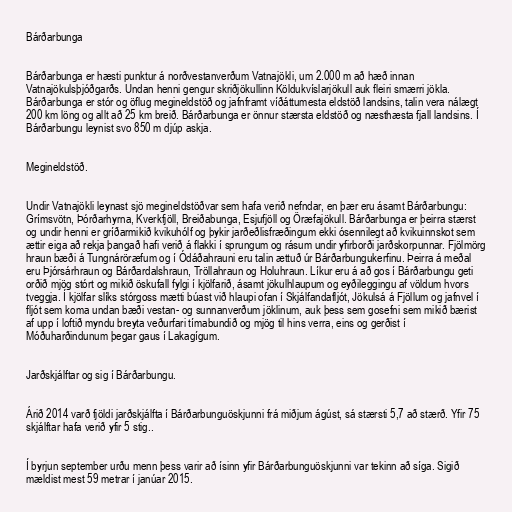
Bárðarbunga

Bárðarbunga er hæsti punktur á norðvestanverðum Vatnajökli, um 2.000 m að hæð innan
Vatnajökulsþjóðgarðs. Undan henni gengur skriðjökullinn Köldukvíslarjökull auk fleiri smærri jökla.
Bárðarbunga er stór og öflug megineldstöð og jafnframt víðáttumesta eldstöð landsins, talin vera nálægt
200 km löng og allt að 25 km breið. Bárðarbunga er önnur stærsta eldstöð og næsthæsta fjall landsins. Í
Bárðarbungu leynist svo 850 m djúp askja.

Megineldstöð.

Undir Vatnajökli leynast sjö megineldstöðvar sem hafa verið nefndar, en þær eru ásamt Bárðarbungu:
Grímsvötn, Þórðarhyrna, Kverkfjöll, Breiðabunga, Esjufjöll og Öræfajökull. Bárðarbunga er þeirra stærst
og undir henni er gríðarmikið kvikuhólf og þykir jarðeðlisfræðingum ekki ósennilegt að kvikuinnskot sem
ættir eiga að rekja þangað hafi verið á flakki í sprungum og rásum undir yfirborði jarðskorpunnar. Fjölmörg
hraun bæði á Tungnáröræfum og í Ódáðahrauni eru talin ættuð úr Bárðarbungukerfinu. Þeirra á meðal
eru Þjórsárhraun og Bárðardalshraun, Tröllahraun og Holuhraun. Líkur eru á að gos í Bárðarbungu geti
orðið mjög stórt og mikið öskufall fylgi í kjölfarið, ásamt jökulhlaupum og eyðileggingu af völdum hvors
tveggja. Í kjölfar slíks stórgoss mætti búast við hlaupi ofan í Skjálfandafljót, Jökulsá á Fjöllum og jafnvel í
fljót sem koma undan bæði vestan- og sunnanverðum jöklinum, auk þess sem gosefni sem mikið bærist
af upp í loftið myndu breyta veðurfari tímabundið og mjög til hins verra, eins og gerðist í
Móðuharðindunum þegar gaus í Lakagígum.

Jarðskjálftar og sig í Bárðarbungu.

Árið 2014 varð fjöldi jarðskjálfta í Bárðarbunguöskjunni frá miðjum ágúst, sá stærsti 5,7 að stærð. Yfir 75
skjálftar hafa verið yfir 5 stig..

Í byrjun september urðu menn þess varir að ísinn yfir Bárðarbunguöskjunni var tekinn að síga. Sigið
mældist mest 59 metrar í janúar 2015.